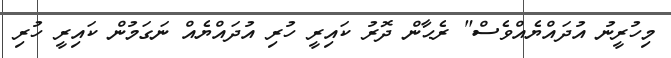
މިހުރީނު އުދައްޔެއްވެސް" ރެޙާން ދޮރު ކައިރީ ހުރި އުދައްޔެއް ނަގަމުން ކައިރީ ހުރި